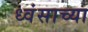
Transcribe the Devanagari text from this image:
ध्वंसाच्या